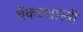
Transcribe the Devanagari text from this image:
वेंकटशास्त्री